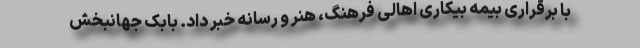
با برقراری بیمه بیکاری اهالی فرهنگ، هنر و رسانه خبر داد. بابک جهانبخش